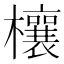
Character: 欀